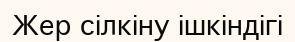
Жер сілкіну ішкіндігі